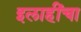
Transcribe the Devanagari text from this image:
इलाहींचा